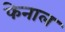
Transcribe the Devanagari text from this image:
फेनाल